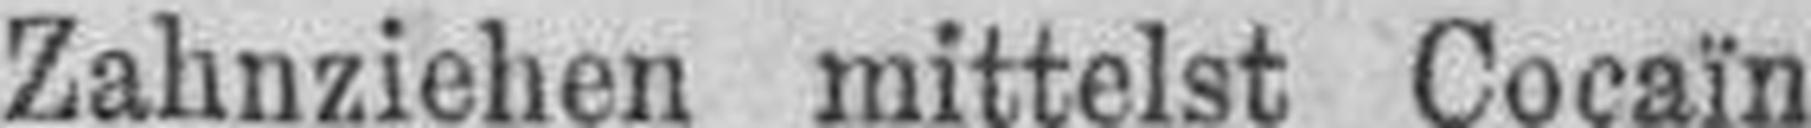
Zahnziehen mittelst Cocaïn